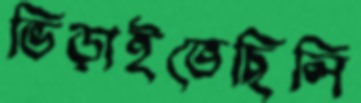
ভিড়াইতেছিলি